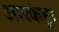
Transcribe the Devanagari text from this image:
आरकेष्ट्रा